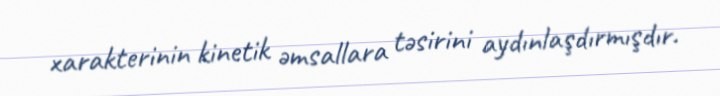
xarakterinin kinetik əmsallara təsirini aydınlaşdırmışdır.